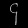
Digit: ၄